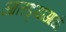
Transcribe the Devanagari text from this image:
आतड्याआधी